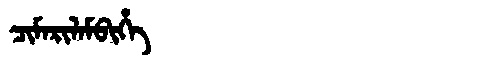
Manchu: ᠴᡳᠮᠠᡵᡳᠯᠠᠮᠪᡳᡥᡝ
Romanization: CIMARILAMBIHE